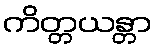
ကိတ္တယန္တာ